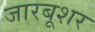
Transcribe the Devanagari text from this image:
जारबूशर